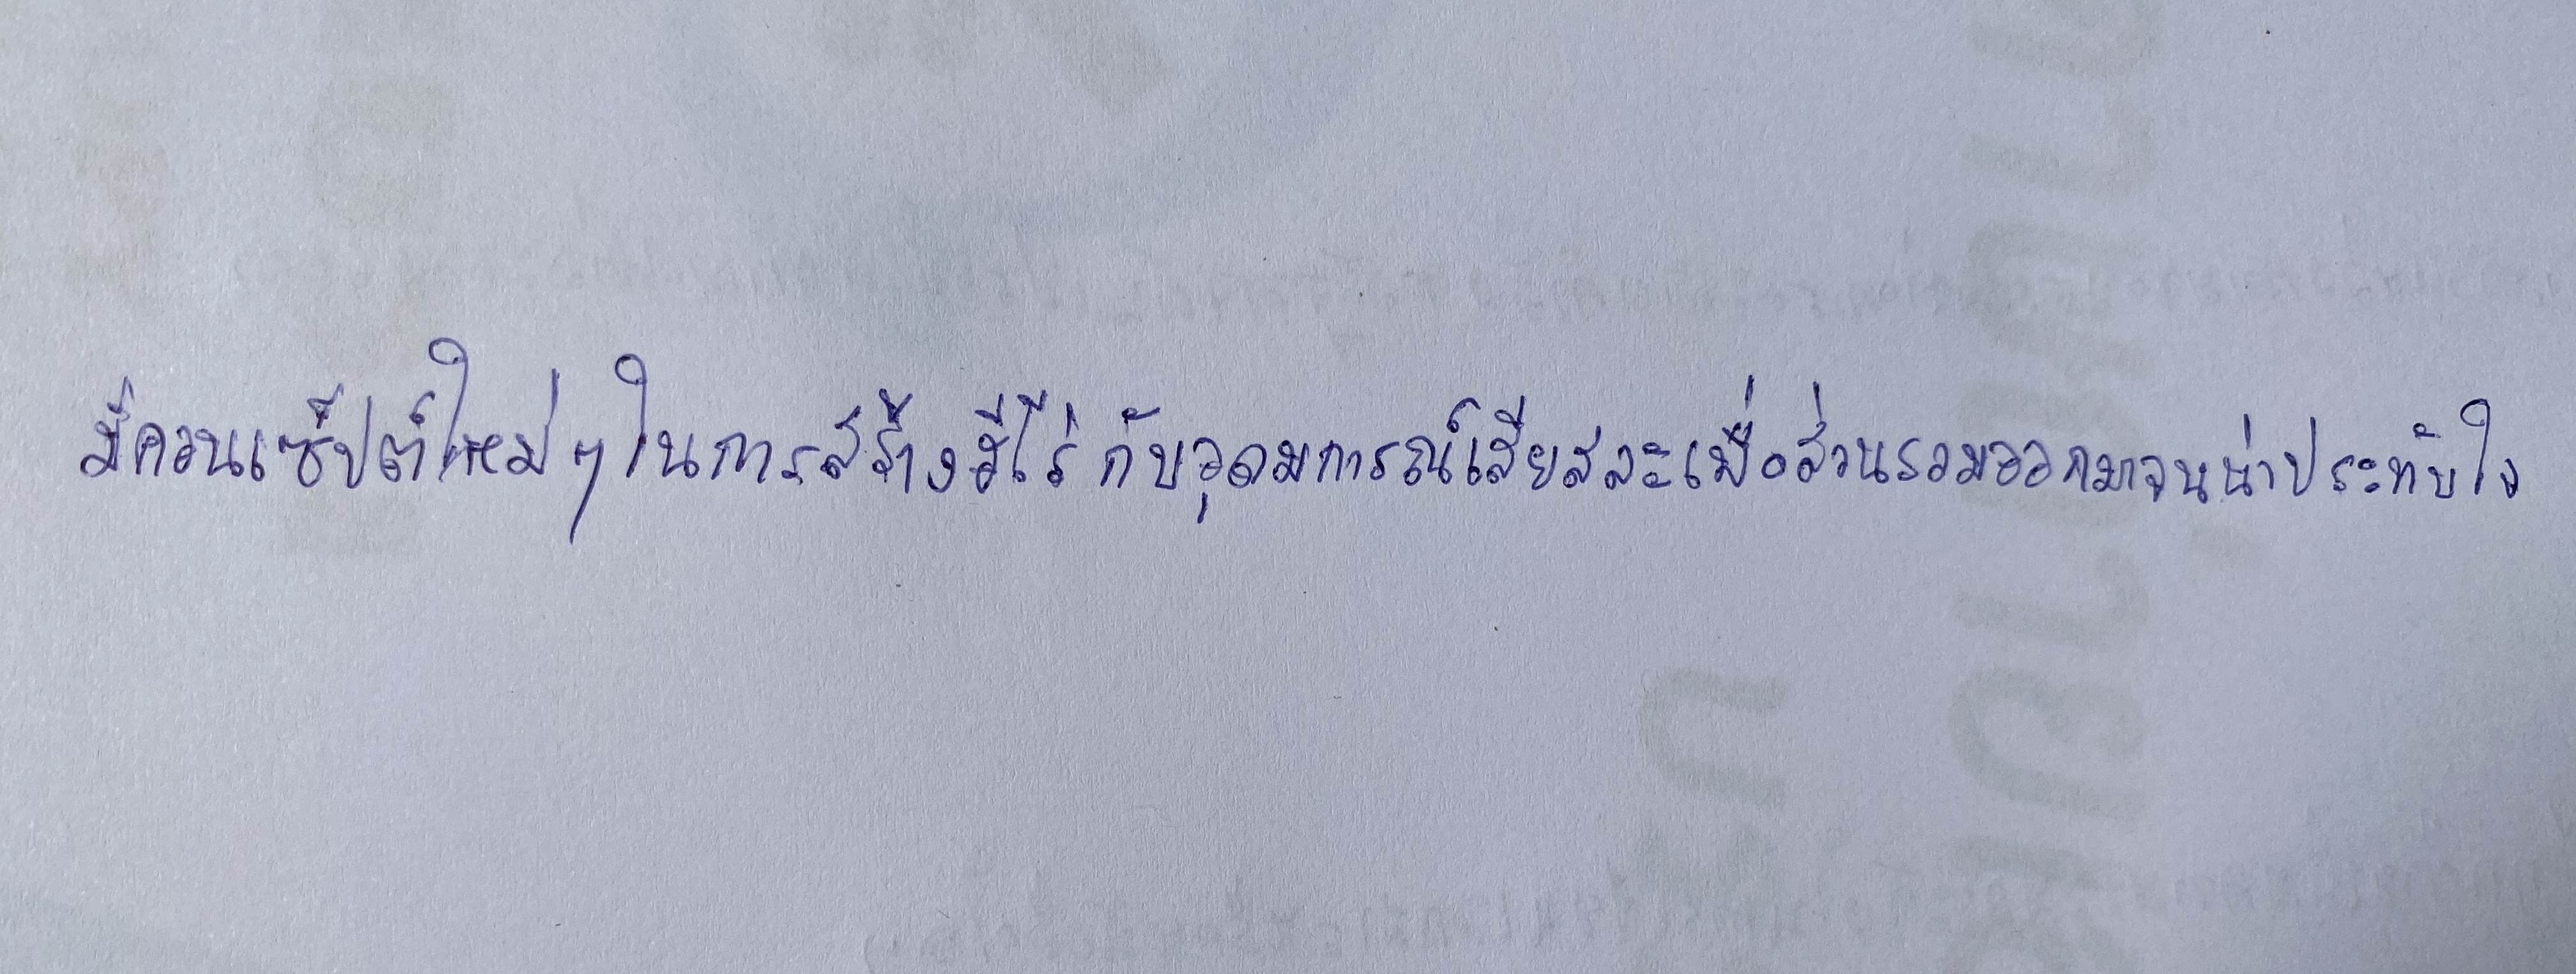
มีคอนเซ็ปต์ใหม่ๆในการสร้างฮีโร่กับอุดมการณ์เสียสละเพื่อส่วนรวมออกมาจนน่าประทับใจ